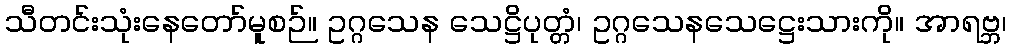
သီတင်းသုံးနေတော်မူစဉ်။ ဥဂ္ဂသေန သေဋ္ဌိပုတ္တံ၊ ဥဂ္ဂသေနသေဋ္ဌေးသားကို။ အာရဗ္ဘ၊